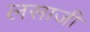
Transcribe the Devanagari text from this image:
लसाजी